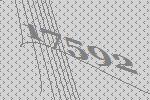
17592